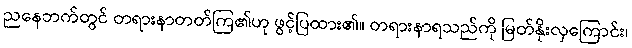
ညနေဘက်တွင် တရားနာတတ်ကြ၏ဟု ဖွင့်ပြထား၏။ တရားနာရသည်ကို မြတ်နိုးလှကြောင်း၊